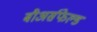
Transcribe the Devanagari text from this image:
बौअर्सफेल्ड